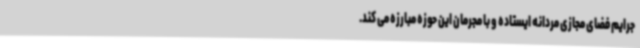
جرایم فضای مجازی مردانه ایستاده و با مجرمان این حوزه مبارزه می کند.